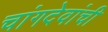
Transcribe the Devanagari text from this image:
चांगदेवांची